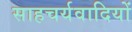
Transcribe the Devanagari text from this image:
साहचर्यवादियों